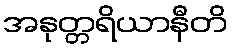
အနုတ္တရိယာနီတိ